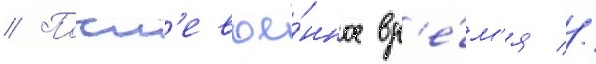
// Посл'евое́нное вр'е́м'я //